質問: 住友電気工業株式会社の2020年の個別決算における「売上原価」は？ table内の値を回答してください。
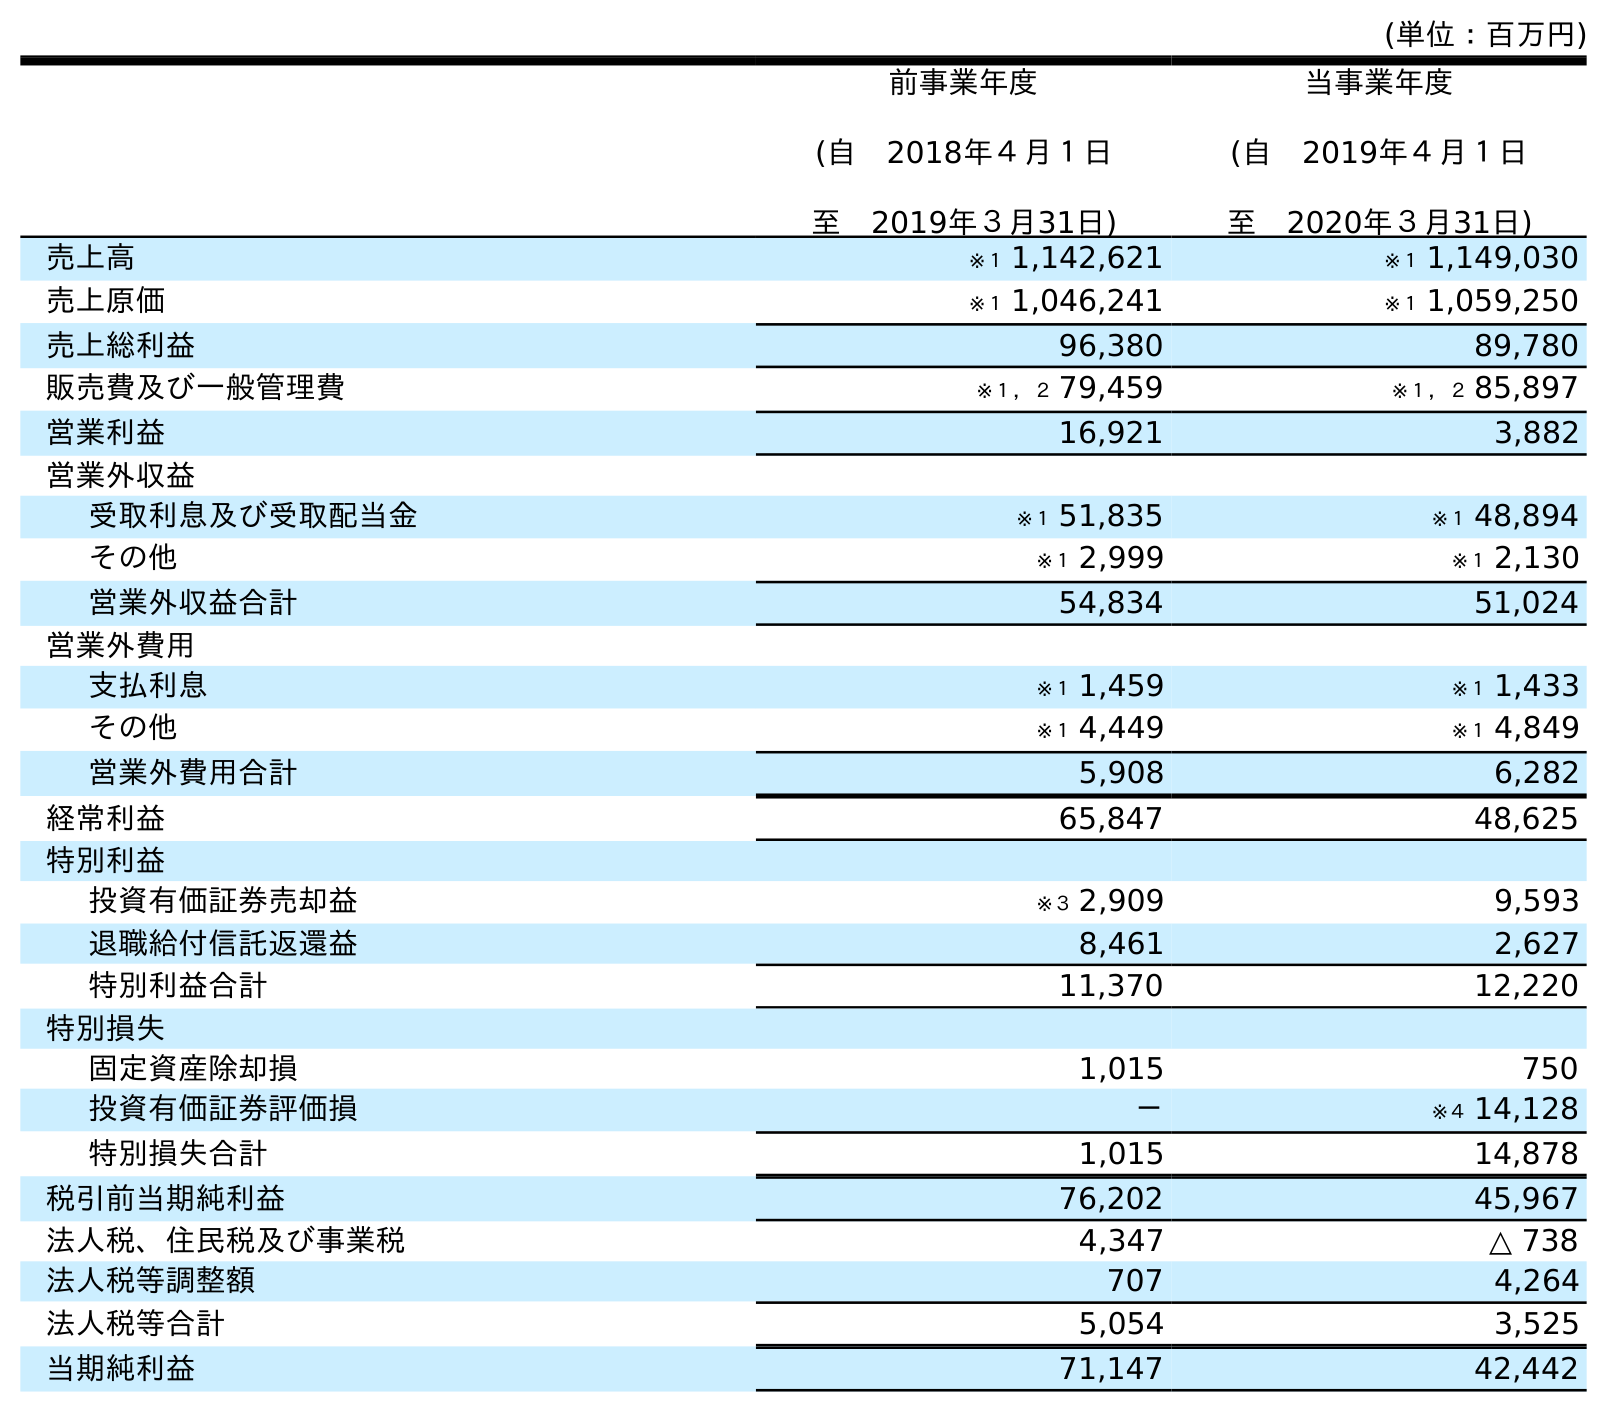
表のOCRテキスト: (単位：百万円) 前事業年度 (自 2018年４月１日 至 2019年３月31日) 当事業年度 (自 2019年４月１日 至 2020年３月31日) 売上高 ※１ 1,142,621 ※１ 1,149,030 売上原価 ※１ 1,046,241 ※１ 1,059,250 売上総利益 96,380 89,780 販売費及び一般管理費 ※１，２ 79,459 ※１，２ 85,897 営業利益 16,921 3,882 営業外収益 受取利息及び受取配当金 ※１ 51,835 ※１ 48,894 その他 ※１ 2,999 ※１ 2,130 営業外収益合計 54,834 51,024 営業外費用 支払利息 ※１ 1,459 ※１ 1,433 その他 ※１ 4,449 ※１ 4,849 営業外費用合計 5,908 6,282 経常利益 65,847 48,625 特別利益 投資有価証券売却益 ※３ 2,909 9,593 退職給付信託返還益 8,461 2,627 特別利益合計 11,370 12,220 特別損失 固定資産除却損 1,015 750 投資有価証券評価損 － ※４ 14,128 特別損失合計 1,015 14,878 税引前当期純利益 76,202 45,967 法人税、住民税及び事業税 4,347 △ 738 法人税等調整額 707 4,264 法人税等合計 5,054 3,525 当期純利益 71,147 42,442
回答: ※１1,059,250